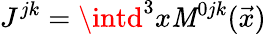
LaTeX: J^{jk}=\intd^{3}x\mathit{M}^{0jk}(\vec{{x}})